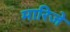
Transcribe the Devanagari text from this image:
मारिजे